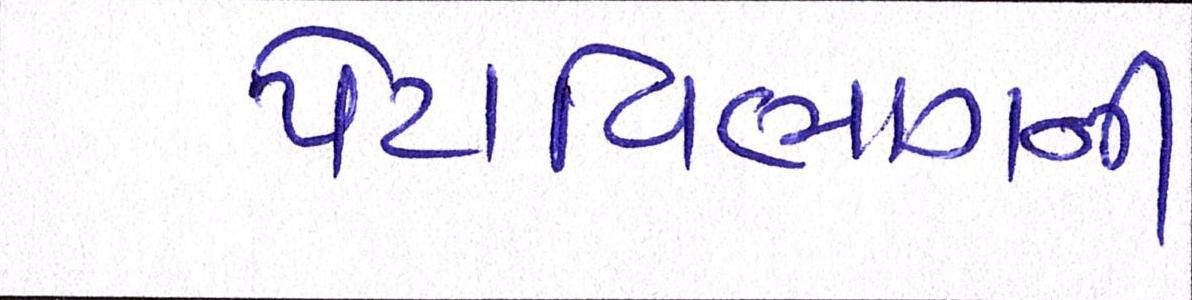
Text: પેટાવિભાગની